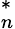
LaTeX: ^*_{n}